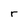
Character: r